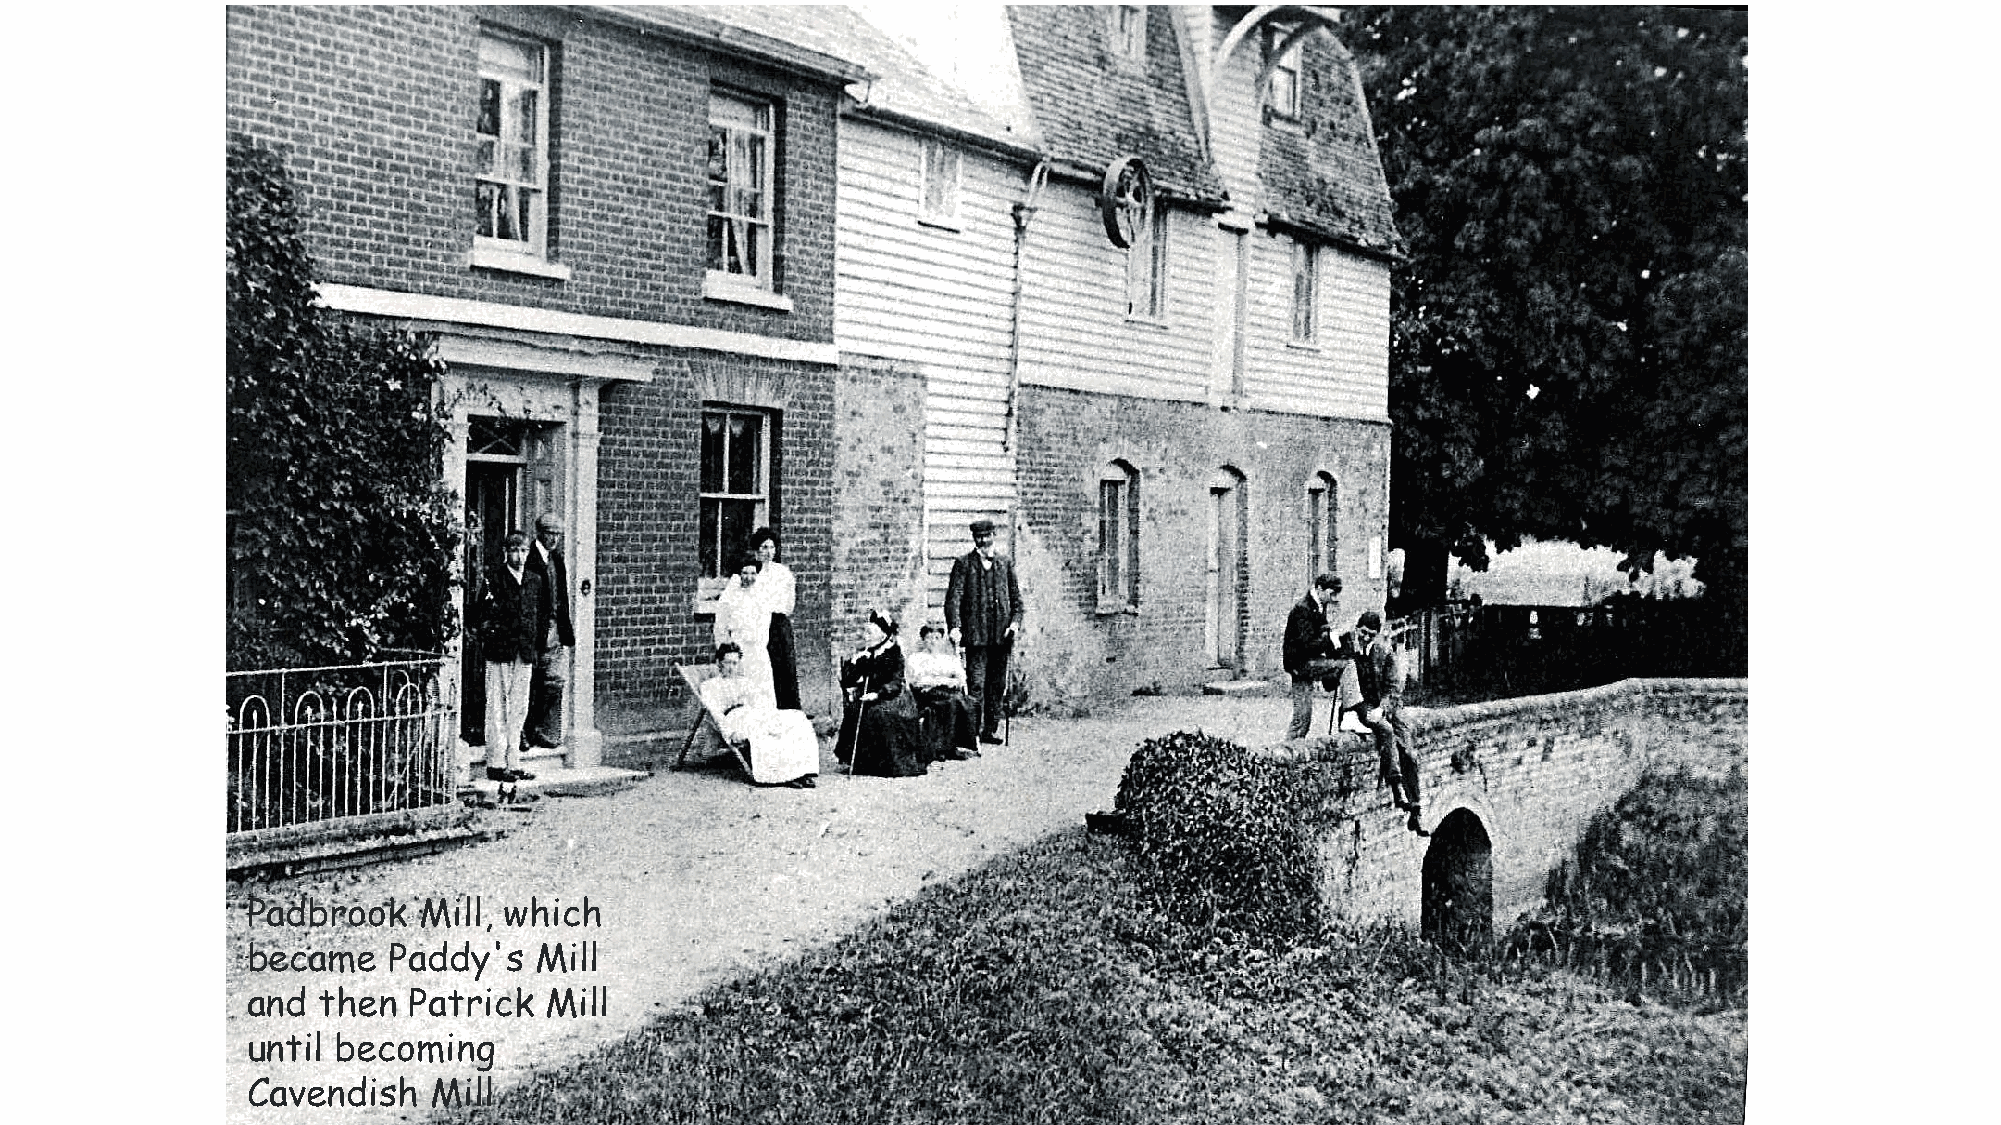
Padbrook    Mill, which
 became    Paddy's  Mill
 and  then  Patrick  Mill
 until becoming
 Cavendish   Mill